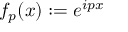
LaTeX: f _ { p } ( x ) : = e ^ { i p x }